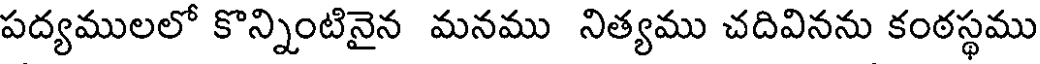
పద్యములలో కొన్నింటినైన మనము నిత్యము చదివినను కంఠస్థము